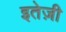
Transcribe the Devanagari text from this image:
इतेज़ी